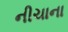
નીચાના